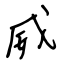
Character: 威